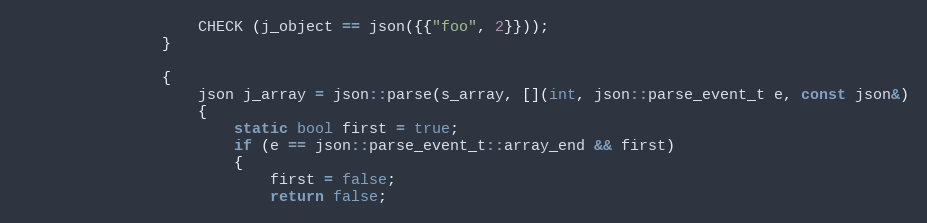
Language: C++
                    CHECK (j_object == json({{"foo", 2}}));
                }

                {
                    json j_array = json::parse(s_array, [](int, json::parse_event_t e, const json&)
                    {
                        static bool first = true;
                        if (e == json::parse_event_t::array_end && first)
                        {
                            first = false;
                            return false;